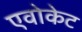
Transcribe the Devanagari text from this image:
एवोकेट